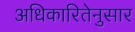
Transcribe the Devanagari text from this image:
अधिकारितेनुसार